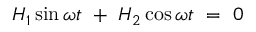
H _ { 1 } \sin \omega t \ + \ H _ { 2 } \cos \omega t \ = \ 0